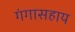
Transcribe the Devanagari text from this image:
गंगासहाय